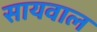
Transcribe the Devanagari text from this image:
सायवाल